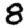
Digit: 8